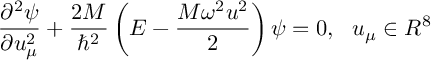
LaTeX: \frac { { \partial } ^ { 2 } \psi } { \partial u _ { \mu } ^ { 2 } } + \frac { 2 M } { \hbar ^ { 2 } } \left( E - \frac { M \omega ^ { 2 } u ^ { 2 } } { 2 } \right) \psi = 0 , \, \, \, \, u _ { \mu } \in R ^ { 8 }